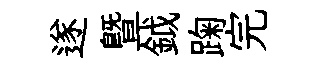
遂暨鉞踘完